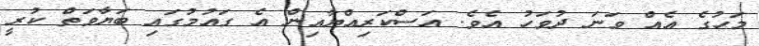
މަހުގެ އެއް ވަނަ ދުވަހު އެވެ. އަސްކަރިއްޔާއިން އެ ގައުމުގައި ބަޔާވަތް ކުރީ